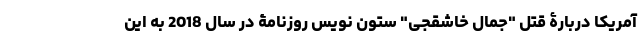
آمریكا دربارۀ قتل "جمال خاشقجی" ستون نویس روزنامۀ در سال 2018 به این